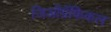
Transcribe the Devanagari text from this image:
जिऑग्रॅफिकल